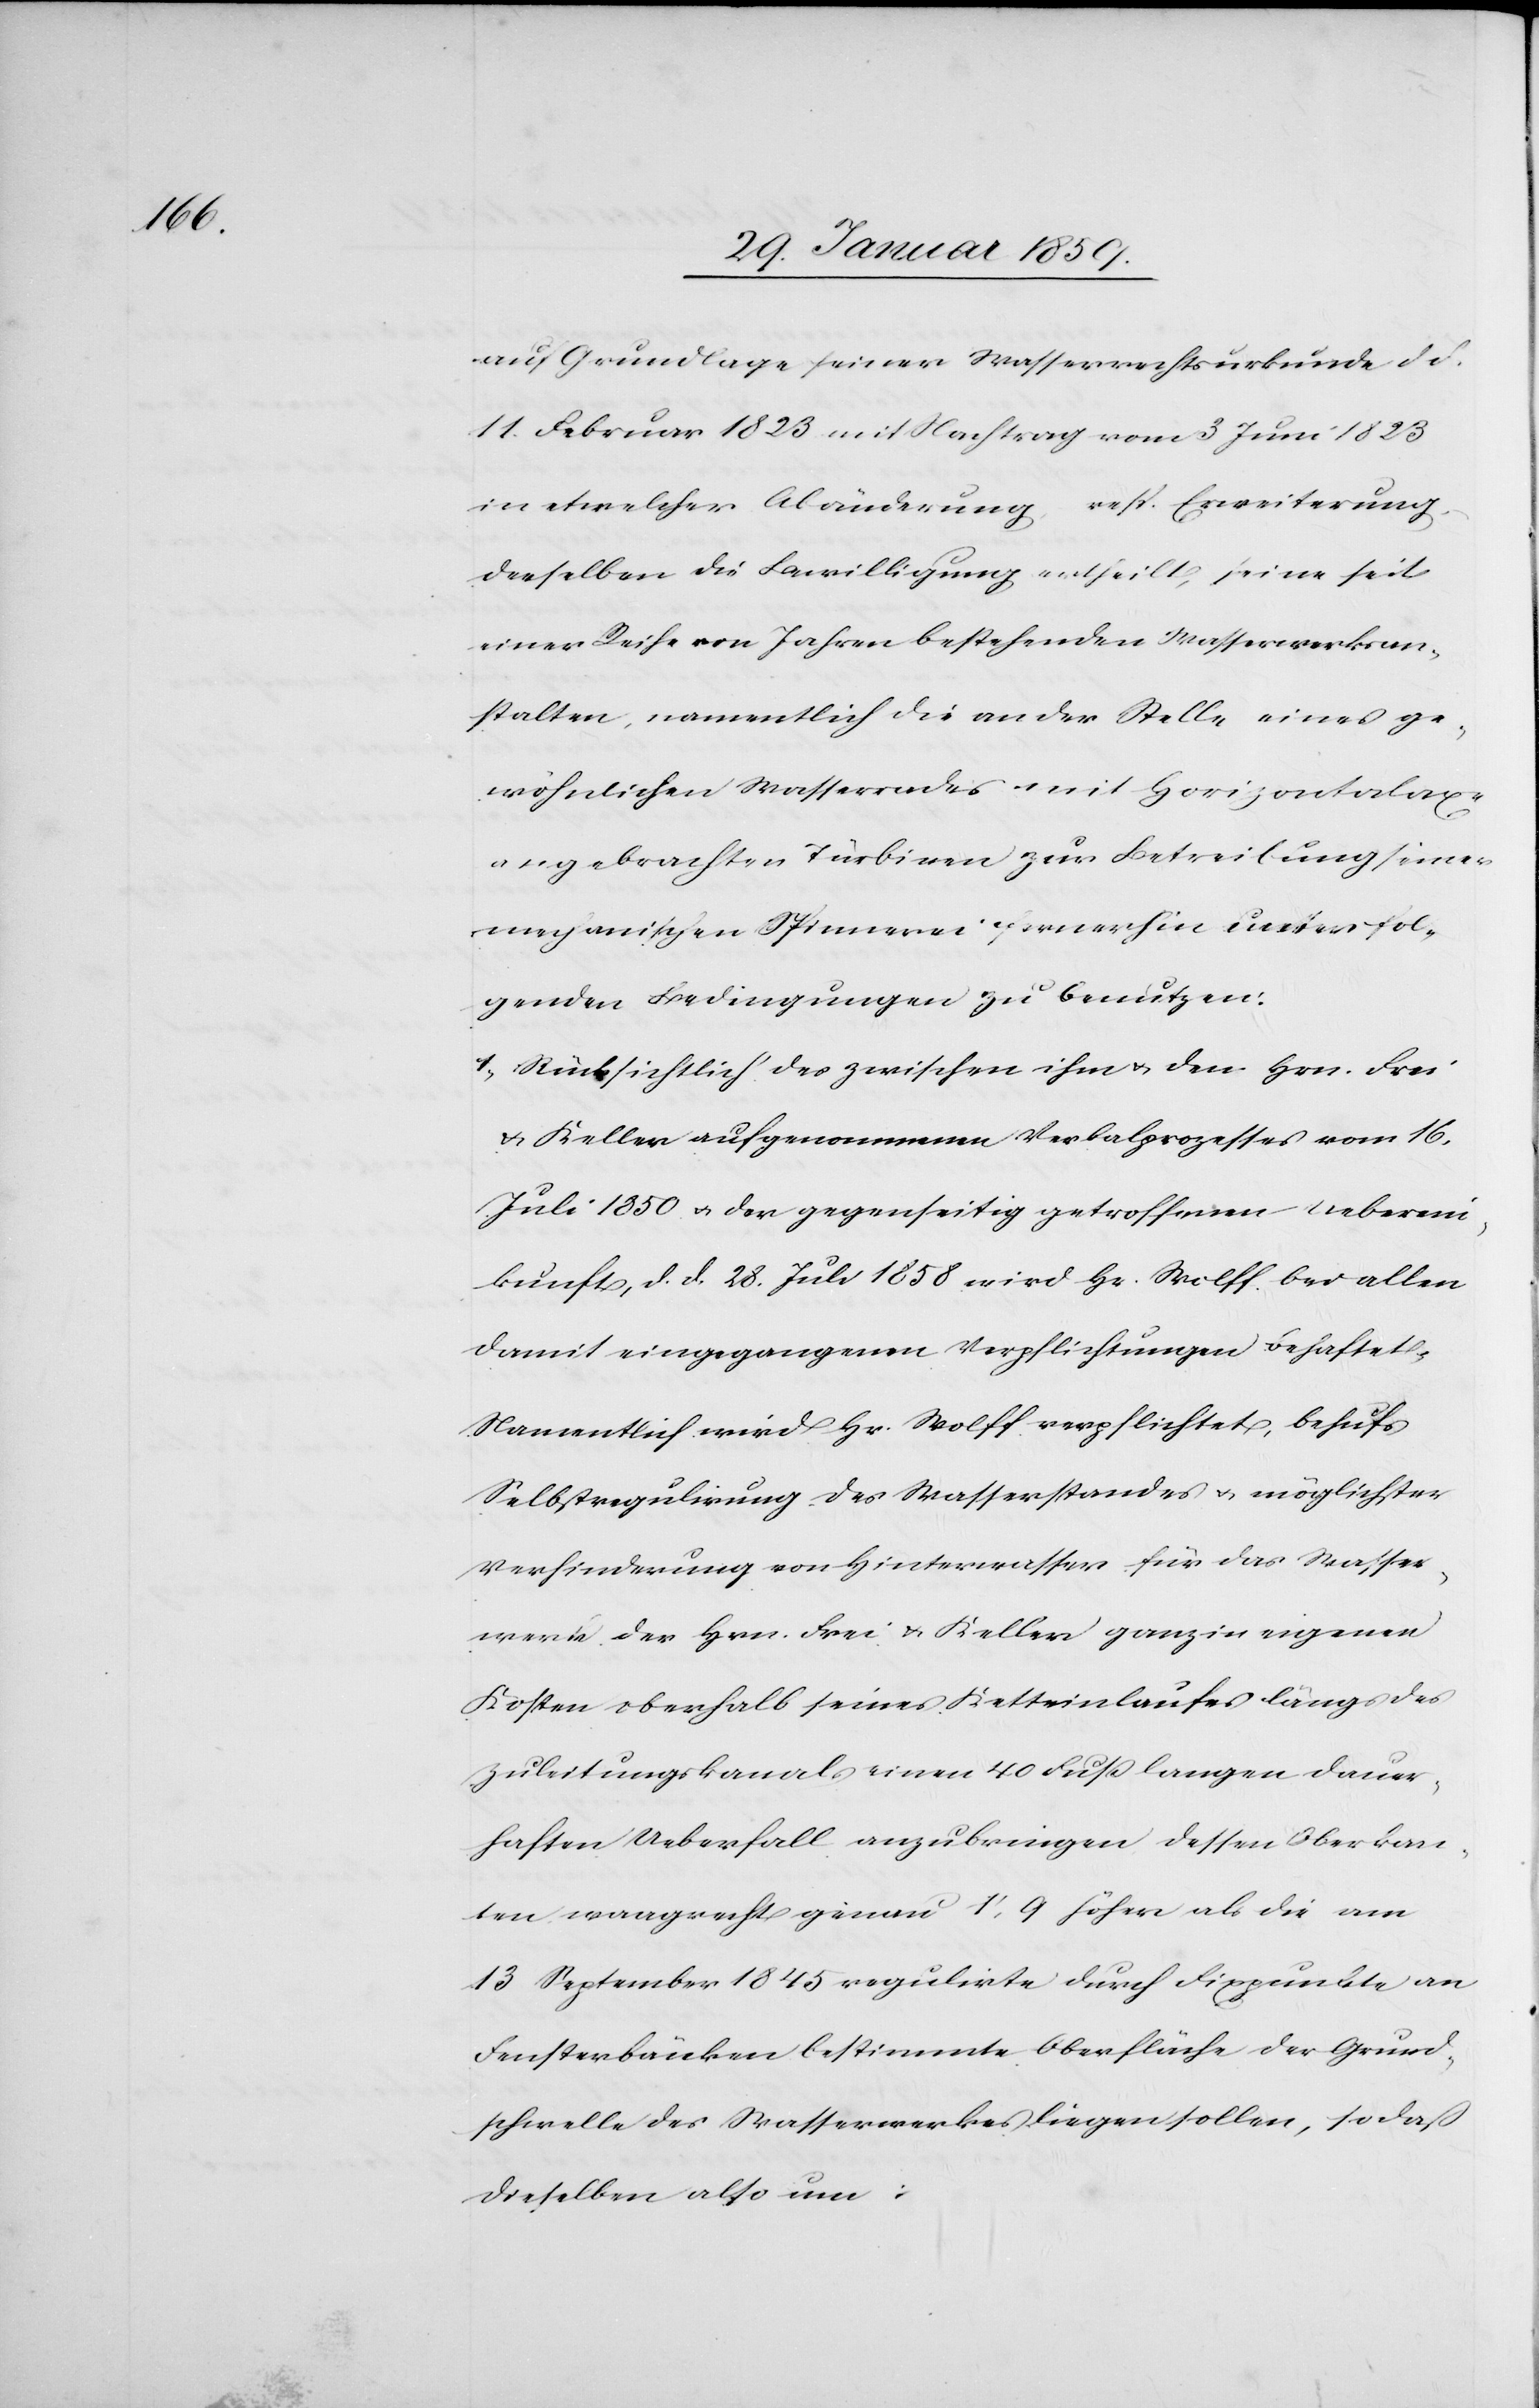
auf Grundlage seiner Wasserrechtsurkunde d.
11. Februar 1823 mit Nachtrag vom 2 Juni 1823
in etwelcher Abänderung, resp. Erweiterung,
derselben die Bewilligung ertheilt, seine seit
einer Reihe von Jahren bestehenden Wasserwerksan¬
stalten, namentlich die an der Stelle eines ge¬
wöhnlichen Wasserrades mit Horizontalaxe
angebrachten Türbinen zur Betreibung seiner
mechanischen Spinnerei fernerhin unter fol¬
genden Bedingungen zu benutzen:
1. Rücksichtlich des zwischen ihm u. den Hrn. Frei
u. Keller aufgenommenen Verbalprozesses vom 16.
Juli 1850 u. der gegenseitig getroffenen Ueberein¬
kunft, d. d. 28. Juli 1858 wird Hr. Wolff bei allen
damit eingegangenen Verpflichtungen behaftet.
Namentlich wird Hr. Wolff verpflichtet, behufs
Selbstregulirung des Wasserstandes u. möglichster
Verhinderung von Hinterwasser für das Wasser¬
werk der Hrn. Frei u. Keller ganz in eigenen
Kosten oberhalb seines Ketteinlaufes längs des
Zuleitungskanals einen 40 Fuß langen dauer¬
haften Ueberfall anzubringen dessen Oberkan¬
ten waagrecht genau 1',9 höher als die am
13 September 1845 regulirte Oberfläche der Grund¬
schwelle des Wasserwerkes liegen sollen, so daß
dieselben also um: